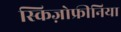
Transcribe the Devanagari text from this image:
स्किज़ोफ्रीनिया